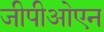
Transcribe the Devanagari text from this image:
जीपीओएन